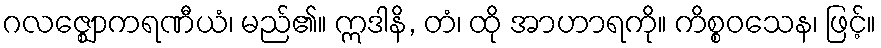
ဂလဇ္ဈောကရဏီယံ၊ မည်၏။ ဣဒါနိ, တံ၊ ထို အာဟာရကို။ ကိစ္စဝသေန၊ ဖြင့်။